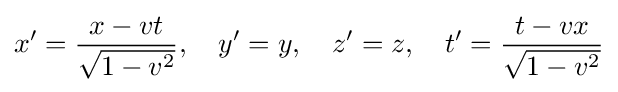
x'={\frac {x-vt}{\sqrt {1-v^{2}}}},\quad y'=y,\quad z'=z,\quad t'={\frac {t-vx}{\sqrt {1-v^{2}}}}